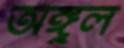
অঙ্গুল